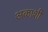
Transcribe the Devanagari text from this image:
अकाशी